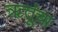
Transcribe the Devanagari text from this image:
ऋतूंचा